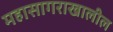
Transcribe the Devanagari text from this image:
महासागराखालील